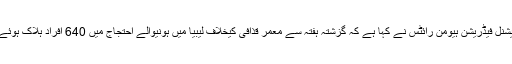
انٹرنیشنل فیڈریشن ہیومن رائٹس نے کہا ہے کہ گزشتہ ہفتہ سے معمر قذافی کیخلاف لیبیا میں ہونیوالے احتجاج میں 640 افراد ہلاک ہوئے ہیں۔